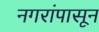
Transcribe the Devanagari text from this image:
नगरांपासून